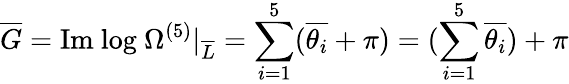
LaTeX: \overline{{{G}}}=\mathrm{Im~log~}\Omega^{(5)}|_{\overline{{{L}}}}=\sum_{i=1}^{5}(\overline{{{\theta_{i}}}}+\pi)=(\sum_{i=1}^{5}\overline{{{\theta_{i}}}})+\pi